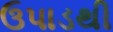
ઉપાડથી